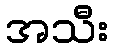
အသီး